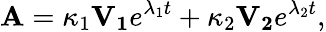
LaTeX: \mathbf{A}=\kappa_{1}\mathbf{V_{1}}e^{\lambda_{1}t}+\kappa_{2}\mathbf{V_{2}}e^{\lambda_{2}t},